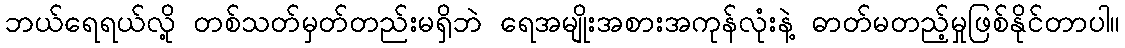
ဘယ်ရေရယ်လို့ တစ်သတ်မှတ်တည်းမရှိဘဲ ရေအမျိုးအစားအကုန်လုံးနဲ့ ဓာတ်မတည့်မှုဖြစ်နိုင်တာပါ။